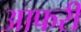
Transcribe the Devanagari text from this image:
आफरी